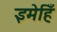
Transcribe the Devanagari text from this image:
इमेहिँ